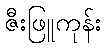
ဇီးဖြူကုန်း